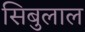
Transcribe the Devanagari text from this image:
सिबुलाल